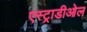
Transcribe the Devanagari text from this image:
एस्ट्राडीओल